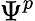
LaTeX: \Psi^{p}